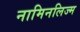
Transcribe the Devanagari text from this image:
नामिनलिज्म